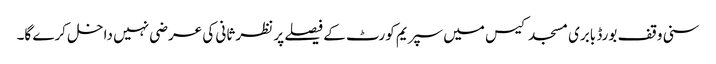
سنی وقف بورڈ بابری مسجد کیس میں سپریم کورٹ کے فیصلے پر نظر ثانی کی عرضی نہیں داخل کرے گا۔